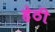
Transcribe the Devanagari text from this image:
हेठी